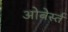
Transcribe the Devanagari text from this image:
ओबेर्स्त